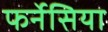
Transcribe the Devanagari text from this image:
फर्नेसिया